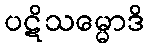
ပဋိသမ္မောဒိ